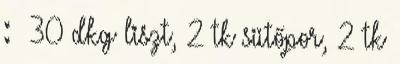
: 30 dkg liszt, 2 tk sütőpor, 2 tk